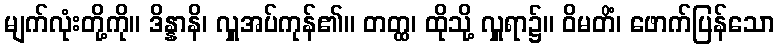
မျက်လုံးတို့ကို။ ဒိန္နာနိ၊ လှူအပ်ကုန်၏။ တတ္ထ၊ ထိုသို့ လှူရာ၌။ ဝိမတိံ၊ ဖောက်ပြန်သော